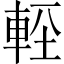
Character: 䡖